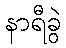
နာရီခွဲ